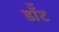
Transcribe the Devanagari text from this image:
डॉँट